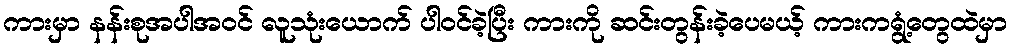
ကားမှာ နန်းစုအပါအဝင် လူသုံးယောက် ပါဝင်ခဲ့ပြီး ကားကို ဆင်းတွန်းခဲ့ပေမယ့် ကားကရွံ့တွေထဲမှာ